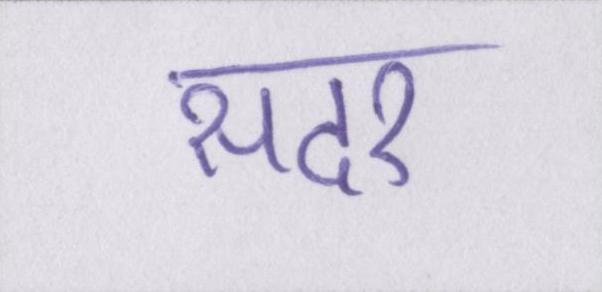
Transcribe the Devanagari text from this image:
सदर